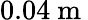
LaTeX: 0.04\mathrm{~m~}